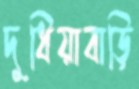
দুধিয়াবাড়ি